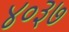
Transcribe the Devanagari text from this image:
४०३७